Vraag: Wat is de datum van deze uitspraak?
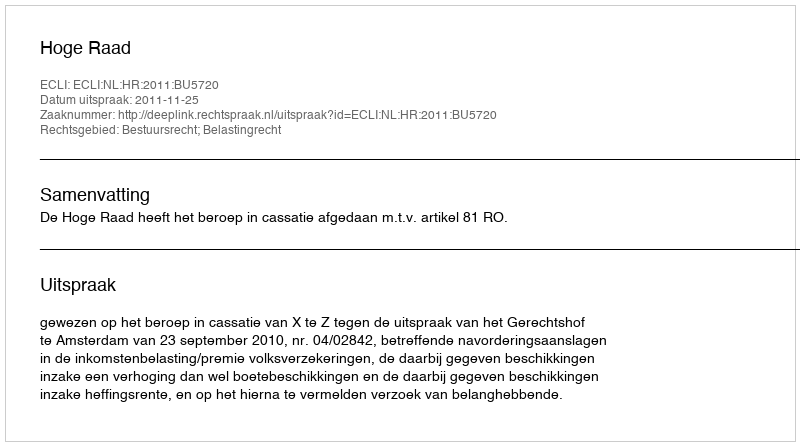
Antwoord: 2011-11-25